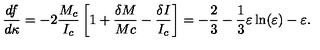
\frac { d f } { d \kappa } = - 2 \frac { M _ { c } } { I _ { c } } \left[ 1 + \frac { \delta M } { M c } - \frac { \delta I } { I _ { c } } \right] = - \frac { 2 } { 3 } - \frac { 1 } { 3 } \varepsilon \ln ( \varepsilon ) - \varepsilon .